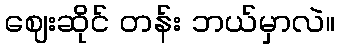
ဈေးဆိုင် တန်း ဘယ်မှာလဲ။